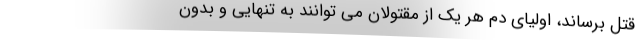
قتل برساند، اولیای دم هر یک از مقتولان می توانند به تنهایی و بدون